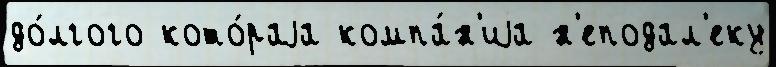
до́лгого кото́раjа компа́н'иjа н'еподал'еку